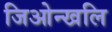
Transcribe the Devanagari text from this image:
जिओन्खलि